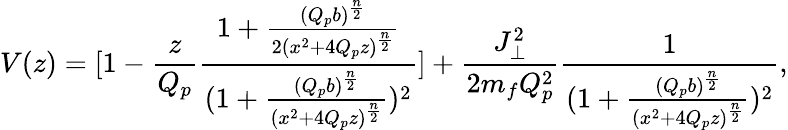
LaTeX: V(z)=[1-{\frac{z}{Q_{p}}}{\frac{1+{\frac{(Q_{p}b)^{\frac{n}{2}}}{2(x^{2}+4Q_{p}z)^{\frac{n}{2}}}}}{(1+{\frac{(Q_{p}b)^{\frac{n}{2}}}{(x^{2}+4Q_{p}z)^{\frac{n}{2}}}})^{2}}}]+{\frac{J_{\perp}^{2}}{2m_{f}Q_{p}^{2}}}{\frac{1}{{(1+{\frac{(Q_{p}b)^{\frac{n}{2}}}{(x^{2}+4Q_{p}z)^{\frac{n}{2}}}}})^{2}}},